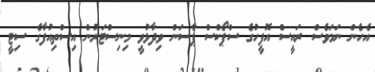
އެހެން ނަމަވެސް ރައީސް އޮފީހުގެ ސްޕޯކްސް ޕާސަން ވިދާޅުވީ މިނިސްޓަރުން އިސްތިއުފާގެ ސިޓީ